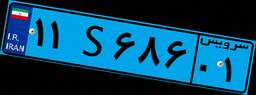
۱۱S۶۸۶۰۱